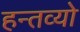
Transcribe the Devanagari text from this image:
हन्तव्यो